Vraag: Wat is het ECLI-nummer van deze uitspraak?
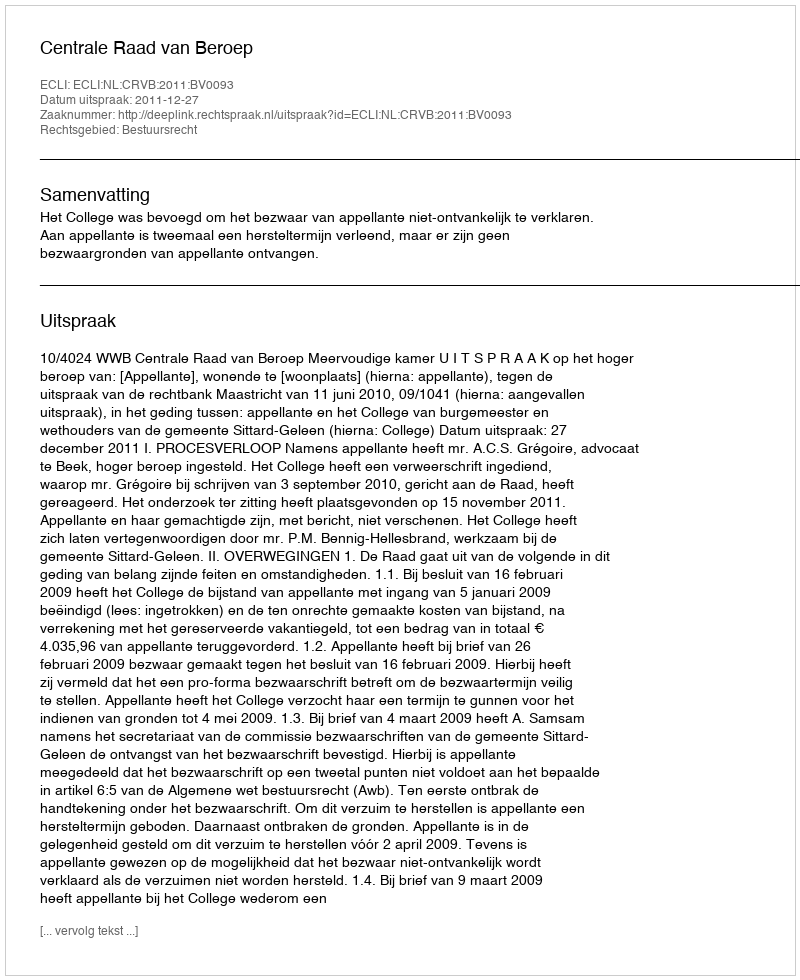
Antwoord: ECLI:NL:CRVB:2011:BV0093